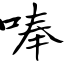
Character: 唪